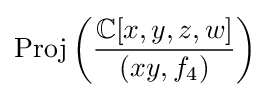
{\text{Proj}}\left({\frac {\mathbb {C} [x,y,z,w]}{(xy,f_{4})}}\right)